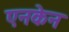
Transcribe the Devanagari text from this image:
एनकेन